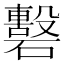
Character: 𥖳